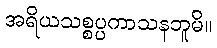
အရိယသစ္စပ္ပကာသနဘူမိ။